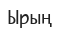
Ырың